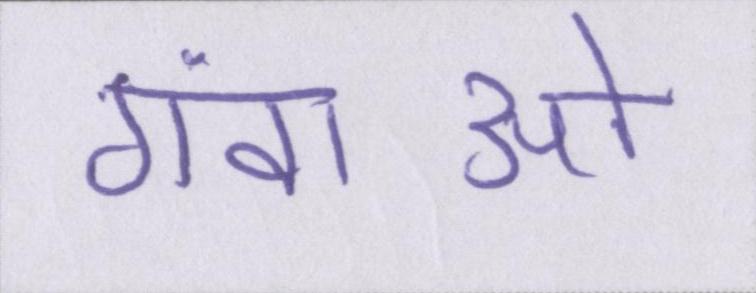
गंवाओ